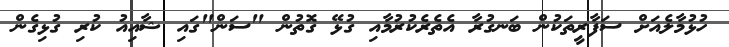
ހުޅުމާލެއަށް ސަފާރީތަކުން ބަނގުރާ އެތެރެކުރުމާއި ގުޅޭ ގޮތުން "ސަން"ގައި ޝާއިއު ކުރި ގުޅިގެން